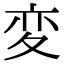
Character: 変